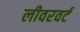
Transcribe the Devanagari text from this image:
लीवरवर्ट